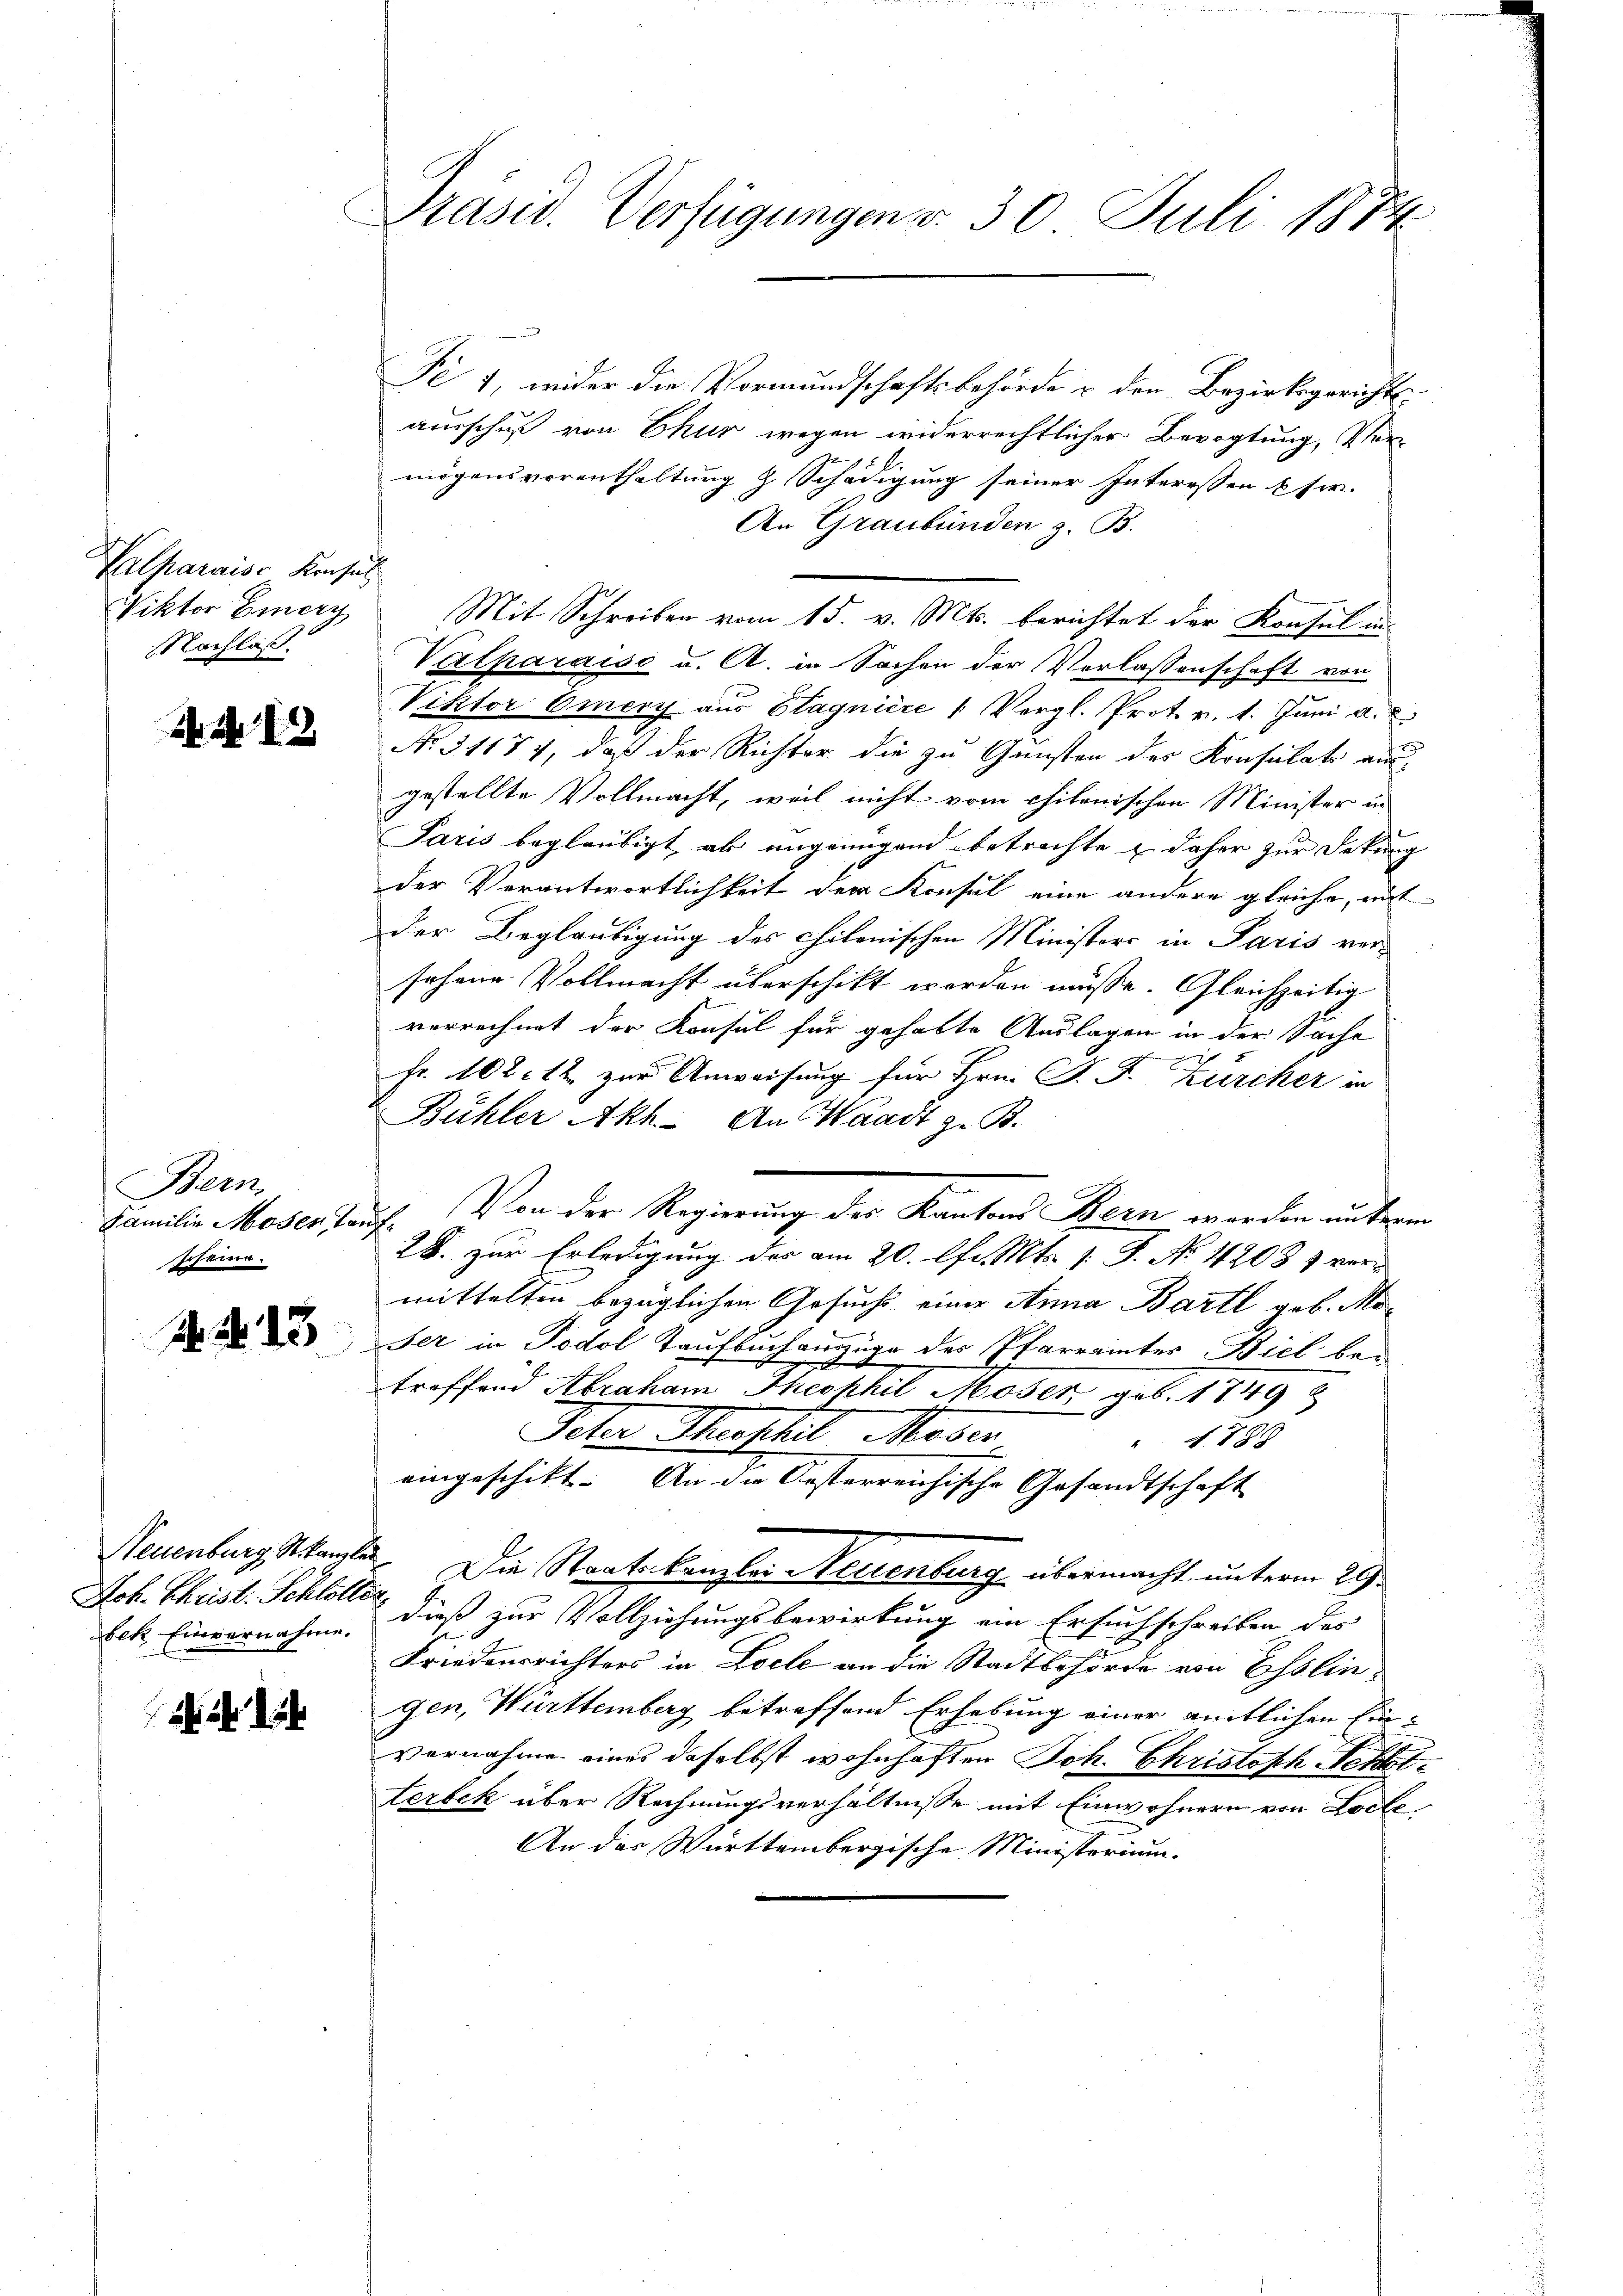
Valparaise Konsul
Viktor Einerz
NNachlaß.

Nr. 12

Bern
Johanne.

1. No. 43

Joh. Christ. Schlotter

Präsid. Verfügungen v. 30. Juli 1874

Di 1, wider die Vormundschaftsbehörde u den Bezirksgerichtsausschuß von Ekur wegen widerrechtlicher Bevogtung, Vermögensvorenthaltung z. Schädigung seiner Interessen & sr.
An Graubünden z. B.
Mit Schreiben vom 15. v. Mts. berichtet der Konsul in
Valparaise u. A. in Sachen der Verlassenschaft von
Viktor Omerz aus Stagnière " Vergl. Prot. v. 1. Jŭni a.
No. 31177, daß der Richter die zu Gunsten des Konsulat aus
gestellte Vollmacht, weil nicht vom chilenischen Minister in
Paris beglaubigt ab ungenügend betrachte & daher zur Sekung
der Verantwortlichkeit der Konsul eine andere gleiche, mit
der Beglaubigung des chilonischen Ministers in Paris ver-
sehene Vollmacht überschikt worden müsse. Gleichzeitig
verrechnet der Konsul für gehabte Auslagen in der Sache
e
Fr. 102. 12 zur Anweisung für Hrn. F. J. Zürcher in
Bühler Akh. An Waadt z. B.
Familie Moser Tauf. Von der Regierung der Kantons Bern werden unterm
28. zur Erledigung des am 20. Chr. Mts. 1. G. No 42087 vermittelten bezüglichen Gesuchs einer Anna Bartl geb. Moser in Podol Taufbuch auszüge des Pfarramtes Biel betreffend Abraham Theophil Moser geb. 1749 &
Peten Theophil Moser
 789
eingeschikt. An die Oesterreichische Gesandtschaft
Neuenburg, Kanzlei. Die Staatskanzlei Neuenburg übermacht, unterm 29.
let. Einvernahme. Dieß zur Vollziehungsbewirkung ein Ersuchschreiben des
Friedensrichters in Loele an die Stadtbehörde von Esslingen, Württemberg betreffend Erhebung einer amtlichen Ein-
vernahme eines daselbst wohnhaften Joh. Christoph Selbst¬
Lerbek über Rechnungsverhältnisse mit Einwohnern von Loche
An das Württembergische Ministerium.